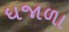
ધજાળા